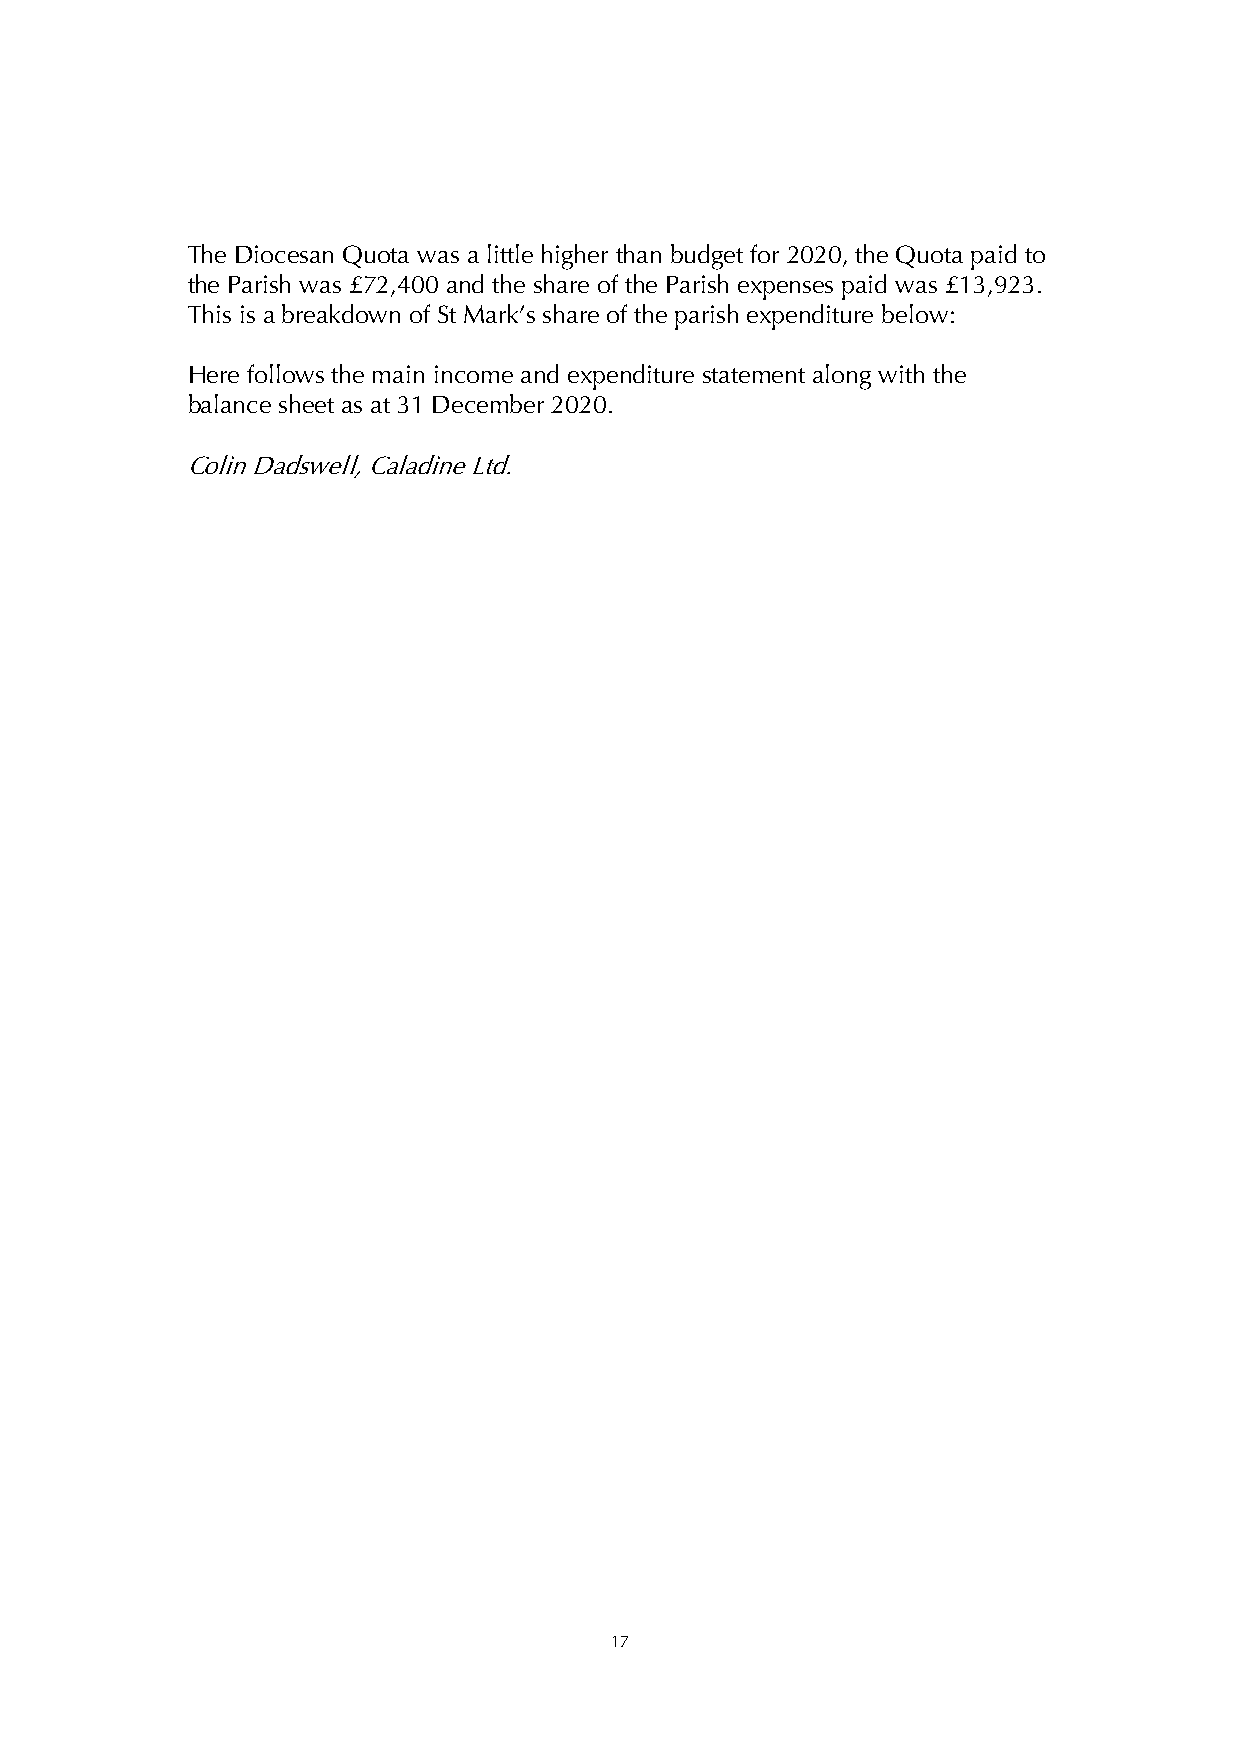
The Diocesan Quota was a little higher than budget for 2020, the Quota paid to
 the Parish was £72,400 and the share of the Parish expenses paid was £13,923.
 This is a breakdown of St Mark’s share of the parish expenditure below:
 Here follows the main income and expenditure statement along with the
 balance sheet as at 31 December 2020.
 Colin Dadswell, Caladine Ltd.
 17